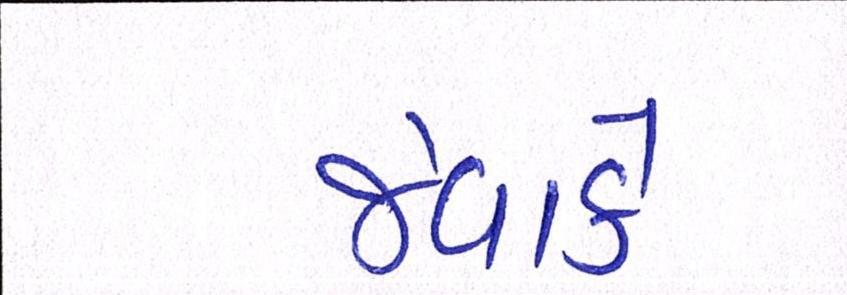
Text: જેવાકે